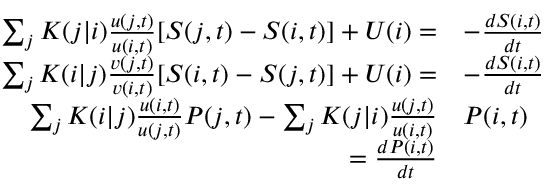
\begin{array} { r l } { \sum _ { j } K ( j | i ) \frac { u ( j , t ) } { u ( i , t ) } [ S ( j , t ) - S ( i , t ) ] + U ( i ) = } & { - \frac { d S ( i , t ) } { d t } } \\ { \sum _ { j } K ( i | j ) \frac { v ( j , t ) } { v ( i , t ) } [ S ( i , t ) - S ( j , t ) ] + U ( i ) = } & { - \frac { d S ( i , t ) } { d t } } \\ { \sum _ { j } K ( i | j ) \frac { u ( i , t ) } { u ( j , t ) } P ( j , t ) - \sum _ { j } K ( j | i ) \frac { u ( j , t ) } { u ( i , t ) } } & { P ( i , t ) } \\ { = \frac { d P ( i , t ) } { d t } } & { } \end{array}